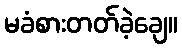
မခံစားတတ်ခဲ့ချေ။